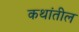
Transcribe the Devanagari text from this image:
कथांतील